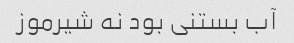
آب بستنی بود نه شیرموز